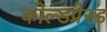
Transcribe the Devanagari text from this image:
कोल्डप्रेस्ड